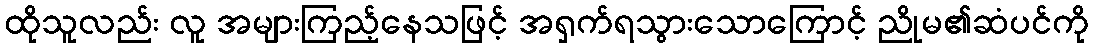
ထိုသူလည်း လူ အများကြည့်နေသဖြင့် အရှက်ရသွားသောကြောင့် ညိုမ၏ဆံပင်ကို